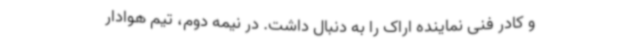
و کادر فنی نماینده اراک را به دنبال داشت.‌ در نیمه دوم، تیم هوادار